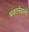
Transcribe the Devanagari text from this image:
थकानेवाली